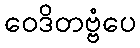
ဝေဒိတဗ္ဗံပေ